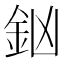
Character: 𨥍